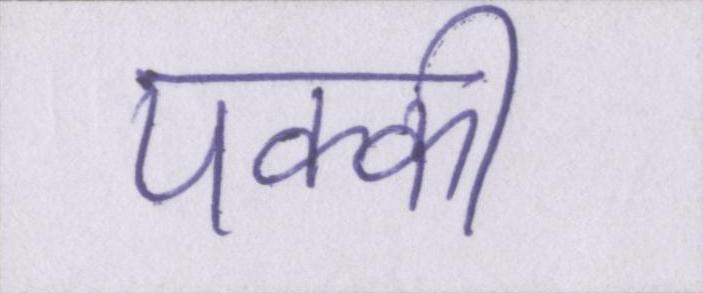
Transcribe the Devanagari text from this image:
पक्की